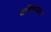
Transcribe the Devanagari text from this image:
अतिवेगवाण